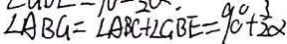
\angle A B G = \angle A B C + \angle G B E = 9 0 ^ { \circ } + \frac { 3 } { 2 } \alpha